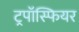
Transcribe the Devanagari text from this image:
ट्रपॉस्फियर